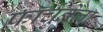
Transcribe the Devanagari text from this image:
फ़ॉर्चुनेला